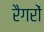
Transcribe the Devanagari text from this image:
रैगरों